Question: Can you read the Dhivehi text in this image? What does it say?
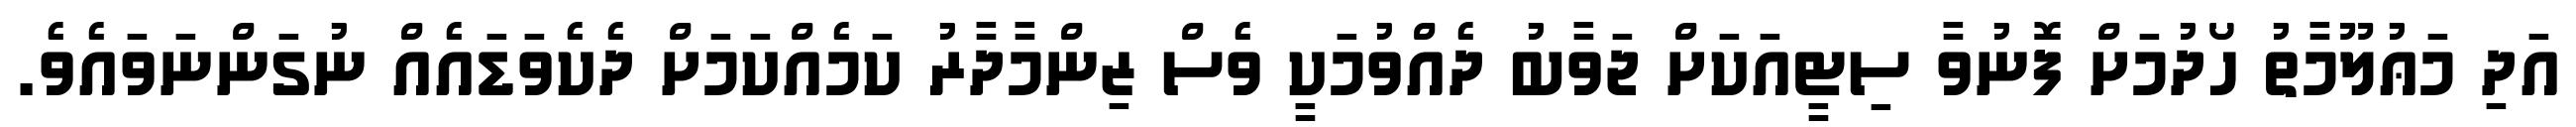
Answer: އަދި މަޢުލޫމާތު ހޯދުމަށް ފޮނުވާ ސިޓީއަކަށް ޖަވާބު ދެއްވުމަކީ ވެސް ޒިންމާދާރު ކަމެއްކަމަށް ދެކެވަޑައެއް ނުގަންނަވައެވެ.